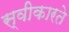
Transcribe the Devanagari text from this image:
स्‍वीकारते